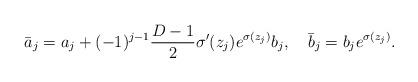
LaTeX: \begin{align*}\bar{a}_{j}=a_{j}+(-1)^{j-1}\frac{D-1}{2}\sigma ^{\prime }(z_{j})e^{\sigma(z_{j})}b_{j},\quad \bar{b}_{j}=b_{j}e^{\sigma (z_{j})}. \end{align*}